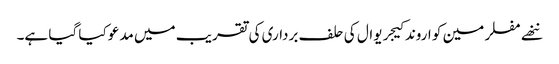
ننھے مفلر مین کو اروند کیجریوال کی حلف برداری کی تقریب میں مدعو کیا گیا ہے۔